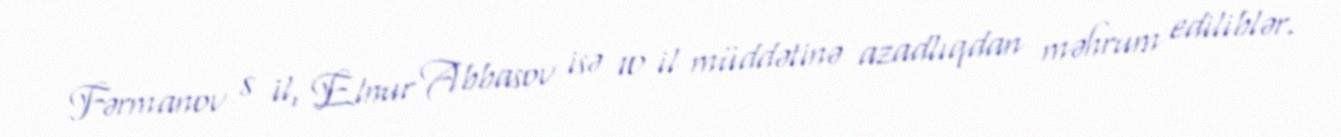
Fərmanov 8 il, Elnur Abbasov isə 10 il müddətinə azadlıqdan məhrum ediliblər.